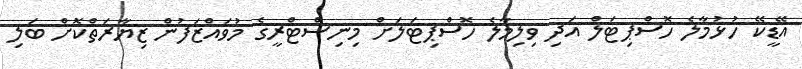
އޭޑީކޭ ހުޅުމާލެ ހޮސްޕިޓަލް އަދި ވިލިމާލެ ހޮސްޕިޓަލަށް މިނިސްޓްރީގެ މުވައްޒަފުން ޒިޔާރަތްކޮށް ބަލި